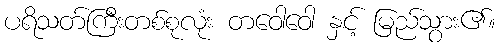
ပရိသတ်ကြီးတစ်စုလုံး တဝေါဝေါ နှင့် မြည်သွား၏။